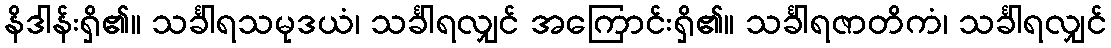
နိဒါန်းရှိ၏။ သင်္ခါရသမုဒယံ၊ သင်္ခါရလျှင် အကြောင်းရှိ၏။ သင်္ခါရဇာတိကံ၊ သင်္ခါရလျှင်